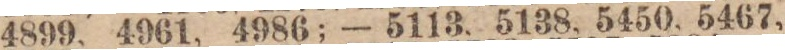
4899, 4961, 4986; — 5113, 5138, 5450, 5467,